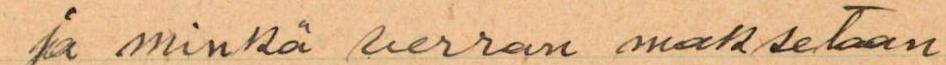
ja minkä verran maksetaan